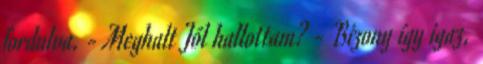
fordulva. - Meghalt Jól hallottam? - Bizony így igaz,